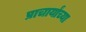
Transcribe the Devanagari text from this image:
प्राचार्यांच्या